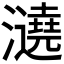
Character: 𤃤